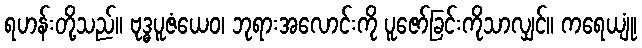
ရဟန်းတို့သည်။ ဗုဒ္ဓပူဇံယေဝ၊ ဘုရားအလောင်းကို ပူဇော်ခြင်းကိုသာလျှင်။ ကရေယျုံ၊